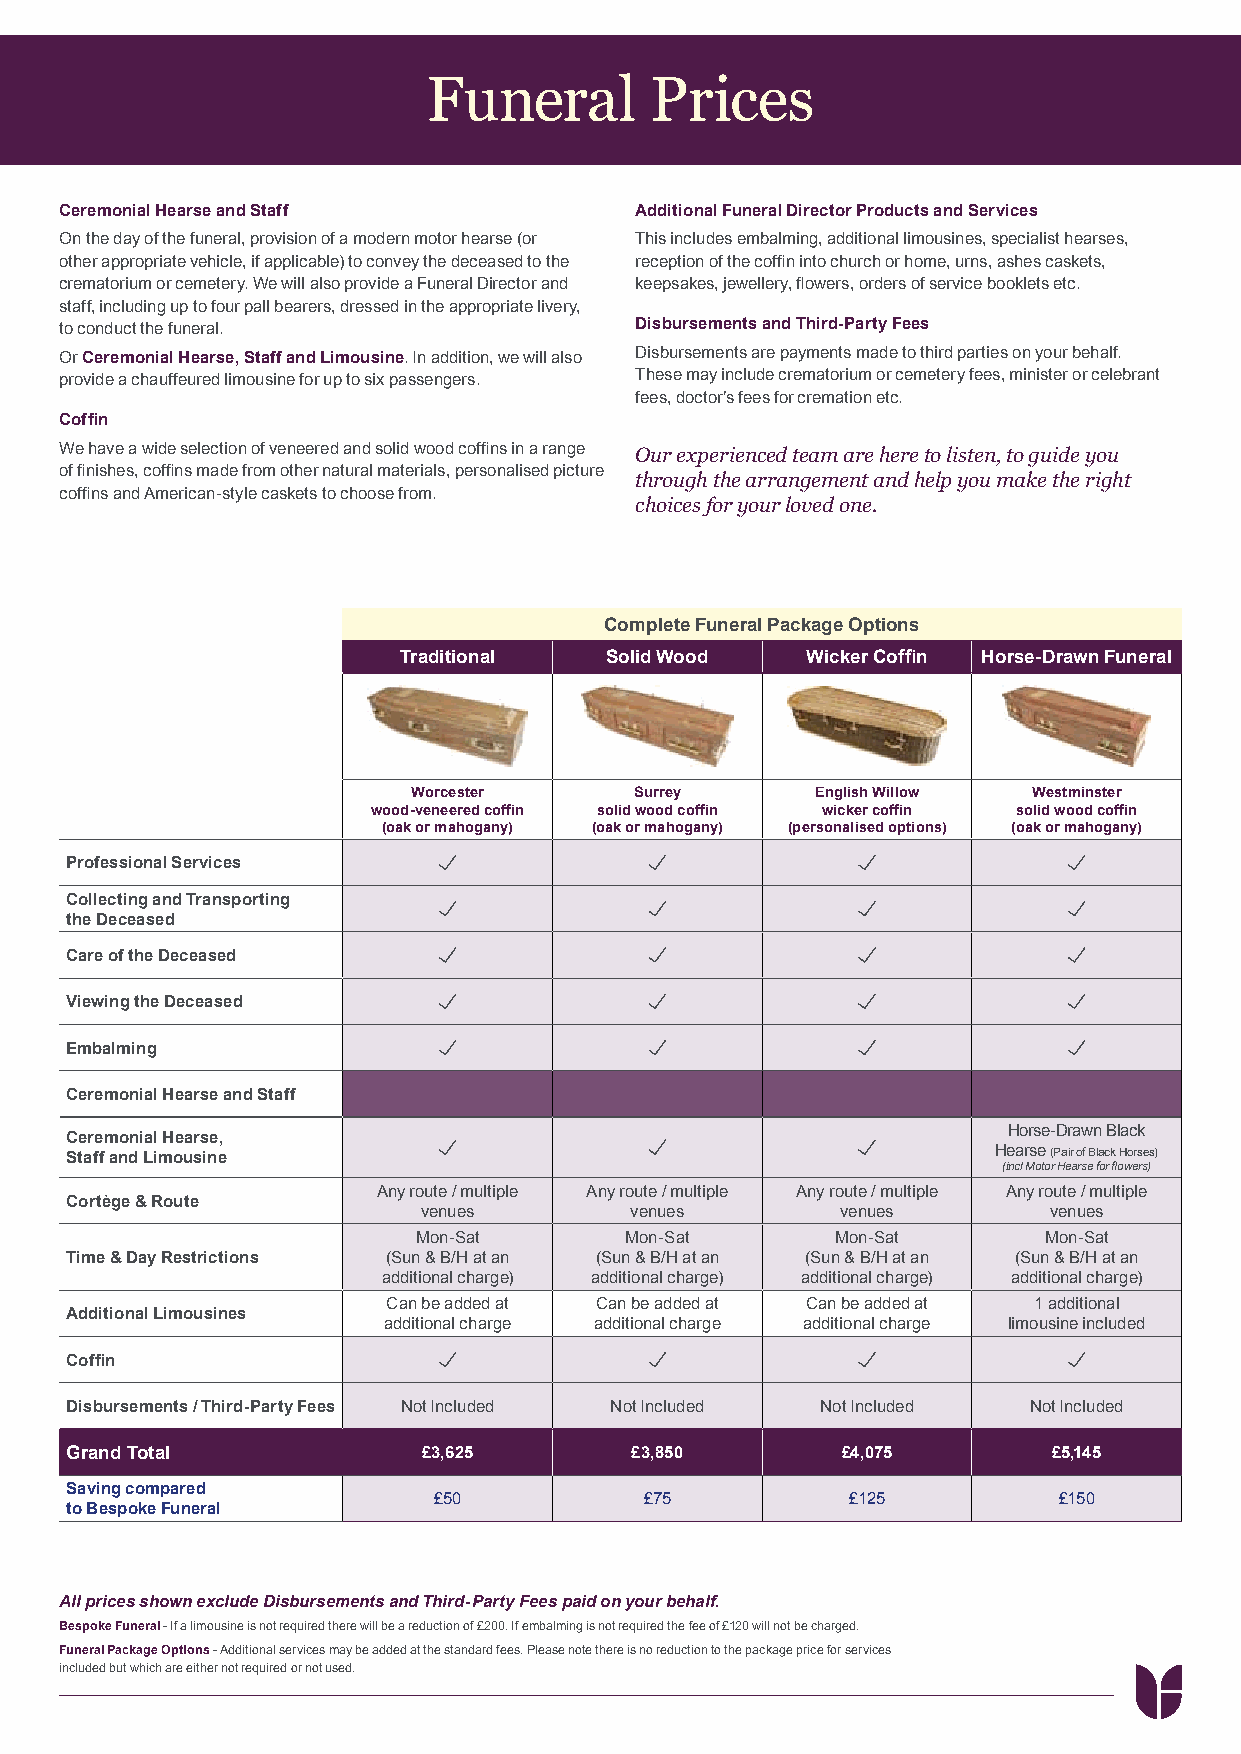
Funeral        Prices
 Ceremonial Hearse and Staff           Additional Funeral Director Products and Services
 On the day of the funeral, provision of a modern motor hearse (or This includes embalming, additional limousines, specialist hearses,
 other appropriate vehicle, if applicable) to convey the deceased to the reception of the coffin into church or home, urns, ashes caskets,
 crematorium or cemetery. We will also provide a Funeral Director and keepsakes, jewellery, flowers, orders of service booklets etc.
 staff, including up to four pall bearers, dressed in the appropriate livery,
 to conduct the funeral.               Disbursements and Third-Party Fees
 Or Ceremonial Hearse, Staff and Limousine. In addition, we will also Disbursements are payments made to third parties on your behalf.
 provide a chauffeured limousine for up to six passengers. These may include crematorium or cemetery fees, minister or celebrant
 fees, doctor’s fees for cremation etc.
 Coffin
 We have a wide selection of veneered and solid wood coffins in a range Our experienced team are here to listen, to guide you
 of finishes, coffins made from other natural materials, personalised picture
 through the arrangement and help you make the right
 coffins and American-style caskets to choose from.
 choices for your loved one.
 Complete Funeral Package Options
 Traditional   Solid Wood   Wicker Coffin Horse-Drawn Funeral
 Worcester      Surrey      English Willow Westminster
 wood-veneered coffin solid wood coffin wicker coffin solid wood coffin
 (oak or mahogany) (oak or mahogany) (personalised options) (oak or mahogany)
 Professional Services
 Collecting and Transporting
 the Deceased
 Care of the Deceased
 Viewing the Deceased
 Embalming
 Ceremonial Hearse and Staff
 Horse-Drawn Black
 Ceremonial Hearse,
 Staff and Limousine                                           Hearse (Pair of Black Horses)
 (incl Motor Hearse for flowers)
 Any route / multiple Any route / multiple Any route / multiple Any route / multiple
 Cortège & Route
 venues        venues        venues       venues
 Mon-Sat       Mon-Sat       Mon-Sat       Mon-Sat
 Time & Day Restrictions (Sun & B/H at an (Sun & B/H at an (Sun & B/H at an (Sun & B/H at an
 additional charge) additional charge) additional charge) additional charge)
 Can be added at Can be added at Can be added at 1 additional
 Additional Limousines
 additional charge additional charge additional charge limousine included
 Coffin
 Disbursements / Third-Party Fees Not Included Not Included Not Included Not Included
 Grand Total             £3,625        £3,850        £4,075        £5,145
 Saving compared
 £50           £75          £125          £150
 to Bespoke Funeral
 All prices shown exclude Disbursements and Third-Party Fees paid on your behalf.
 Bespoke Funeral - If a limousine is not required there will be a reduction of £200. If embalming is not required the fee of £120 will not be charged.
 Funeral Package Options - Additional services may be added at the standard fees. Please note there is no reduction to the package price for services
 included but which are either not required or not used.